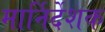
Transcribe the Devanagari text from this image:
मार्निर्देशक